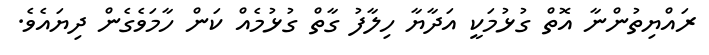
ރައްޔިތުންނާ އޮތް ގުޅުމަކީ އަދާޔާ ހިލާފު ގާތް ގުޅުމެއް ކަން ހާމަވެގެން ދިޔައެވެ.